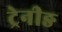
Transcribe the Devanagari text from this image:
ट्रेनीङ